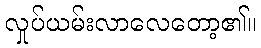
လှုပ်ယမ်းလာလေတော့၏။